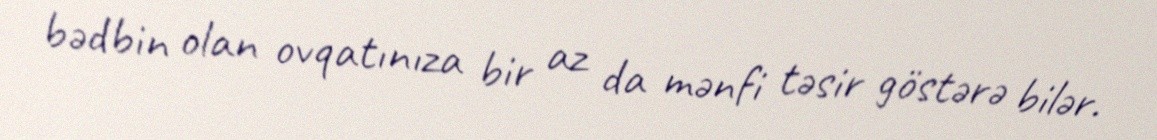
bədbin olan ovqatınıza bir az da mənfi təsir göstərə bilər.